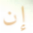
إن